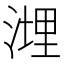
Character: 𱧮